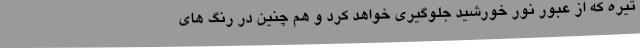
تیره که از عبور نور خورشید جلوگیری خواهد کرد و هم چنین در رنگ های